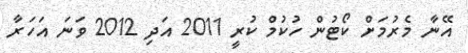
އޭނާ މެރުމަށް ކޯޓުން ހުކުމް ކުރީ 2011 އަދި 2012 ވަނަ އަހަރާ